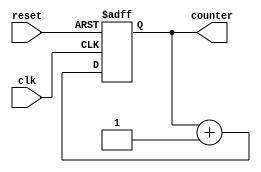
module repeat_loop (
    input wire clk,          // Clock signal
    input wire reset,        // Reset signal to break the loop
    output reg [7:0] counter // Example output to demonstrate loop execution
);

    // Initialization
    initial begin
        counter = 8'b0; // Initialize counter
    end

    // Always block to represent the repeat loop
    always @(posedge clk or posedge reset) begin
        if (reset) begin
            // Reset condition: exit the loop and reset the counter
            counter <= 8'b0;
        end else begin
            // Execution block: increment the counter indefinitely
            counter <= counter + 1;
        end
    end

endmodule